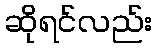
ဆိုရင်လည်း